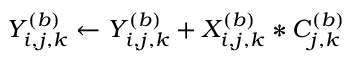
Y _ { i , j , k } ^ { ( b ) } \gets Y _ { i , j , k } ^ { ( b ) } + X _ { i , j , k } ^ { ( b ) } * C _ { j , k } ^ { ( b ) }